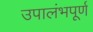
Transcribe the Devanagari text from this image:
उपालंभपूर्ण